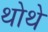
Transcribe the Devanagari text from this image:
थोथे